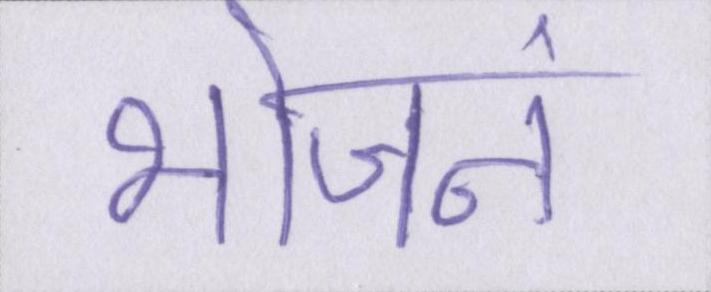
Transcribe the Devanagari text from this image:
भोजनं